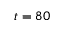
t = 8 0